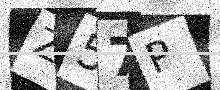
Text: Z57P